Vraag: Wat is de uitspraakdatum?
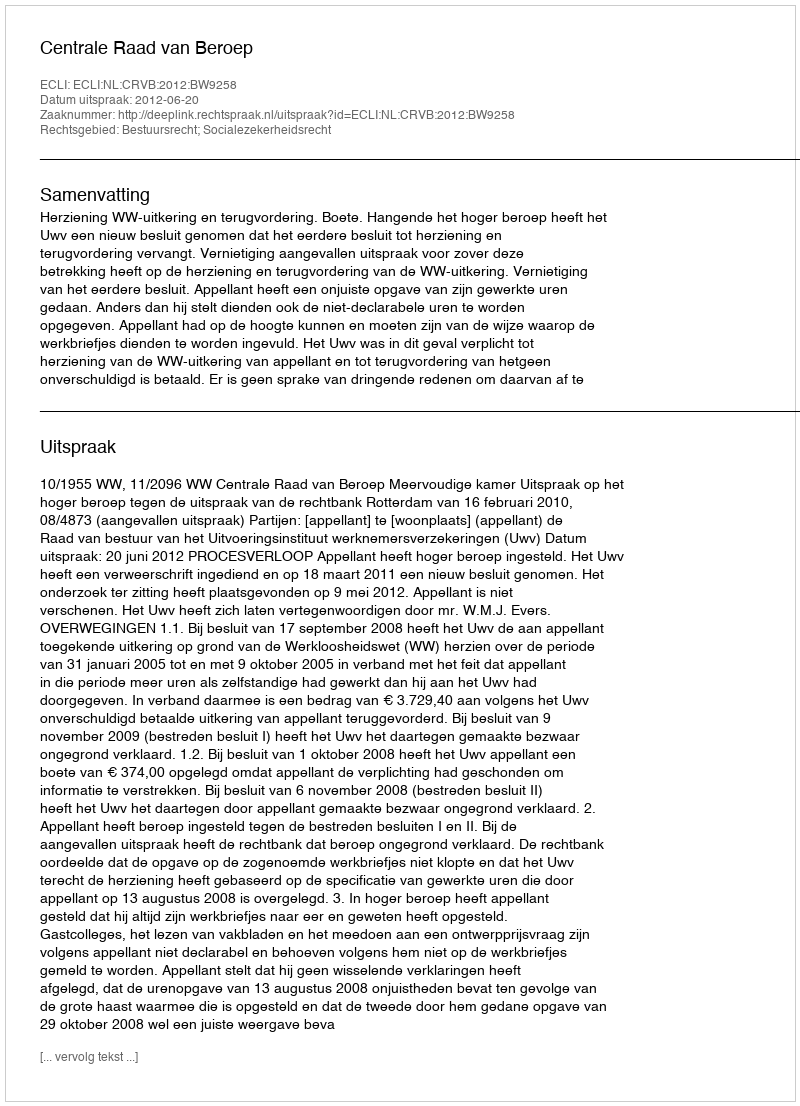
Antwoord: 2012-06-20